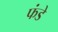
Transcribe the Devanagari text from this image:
फंडे